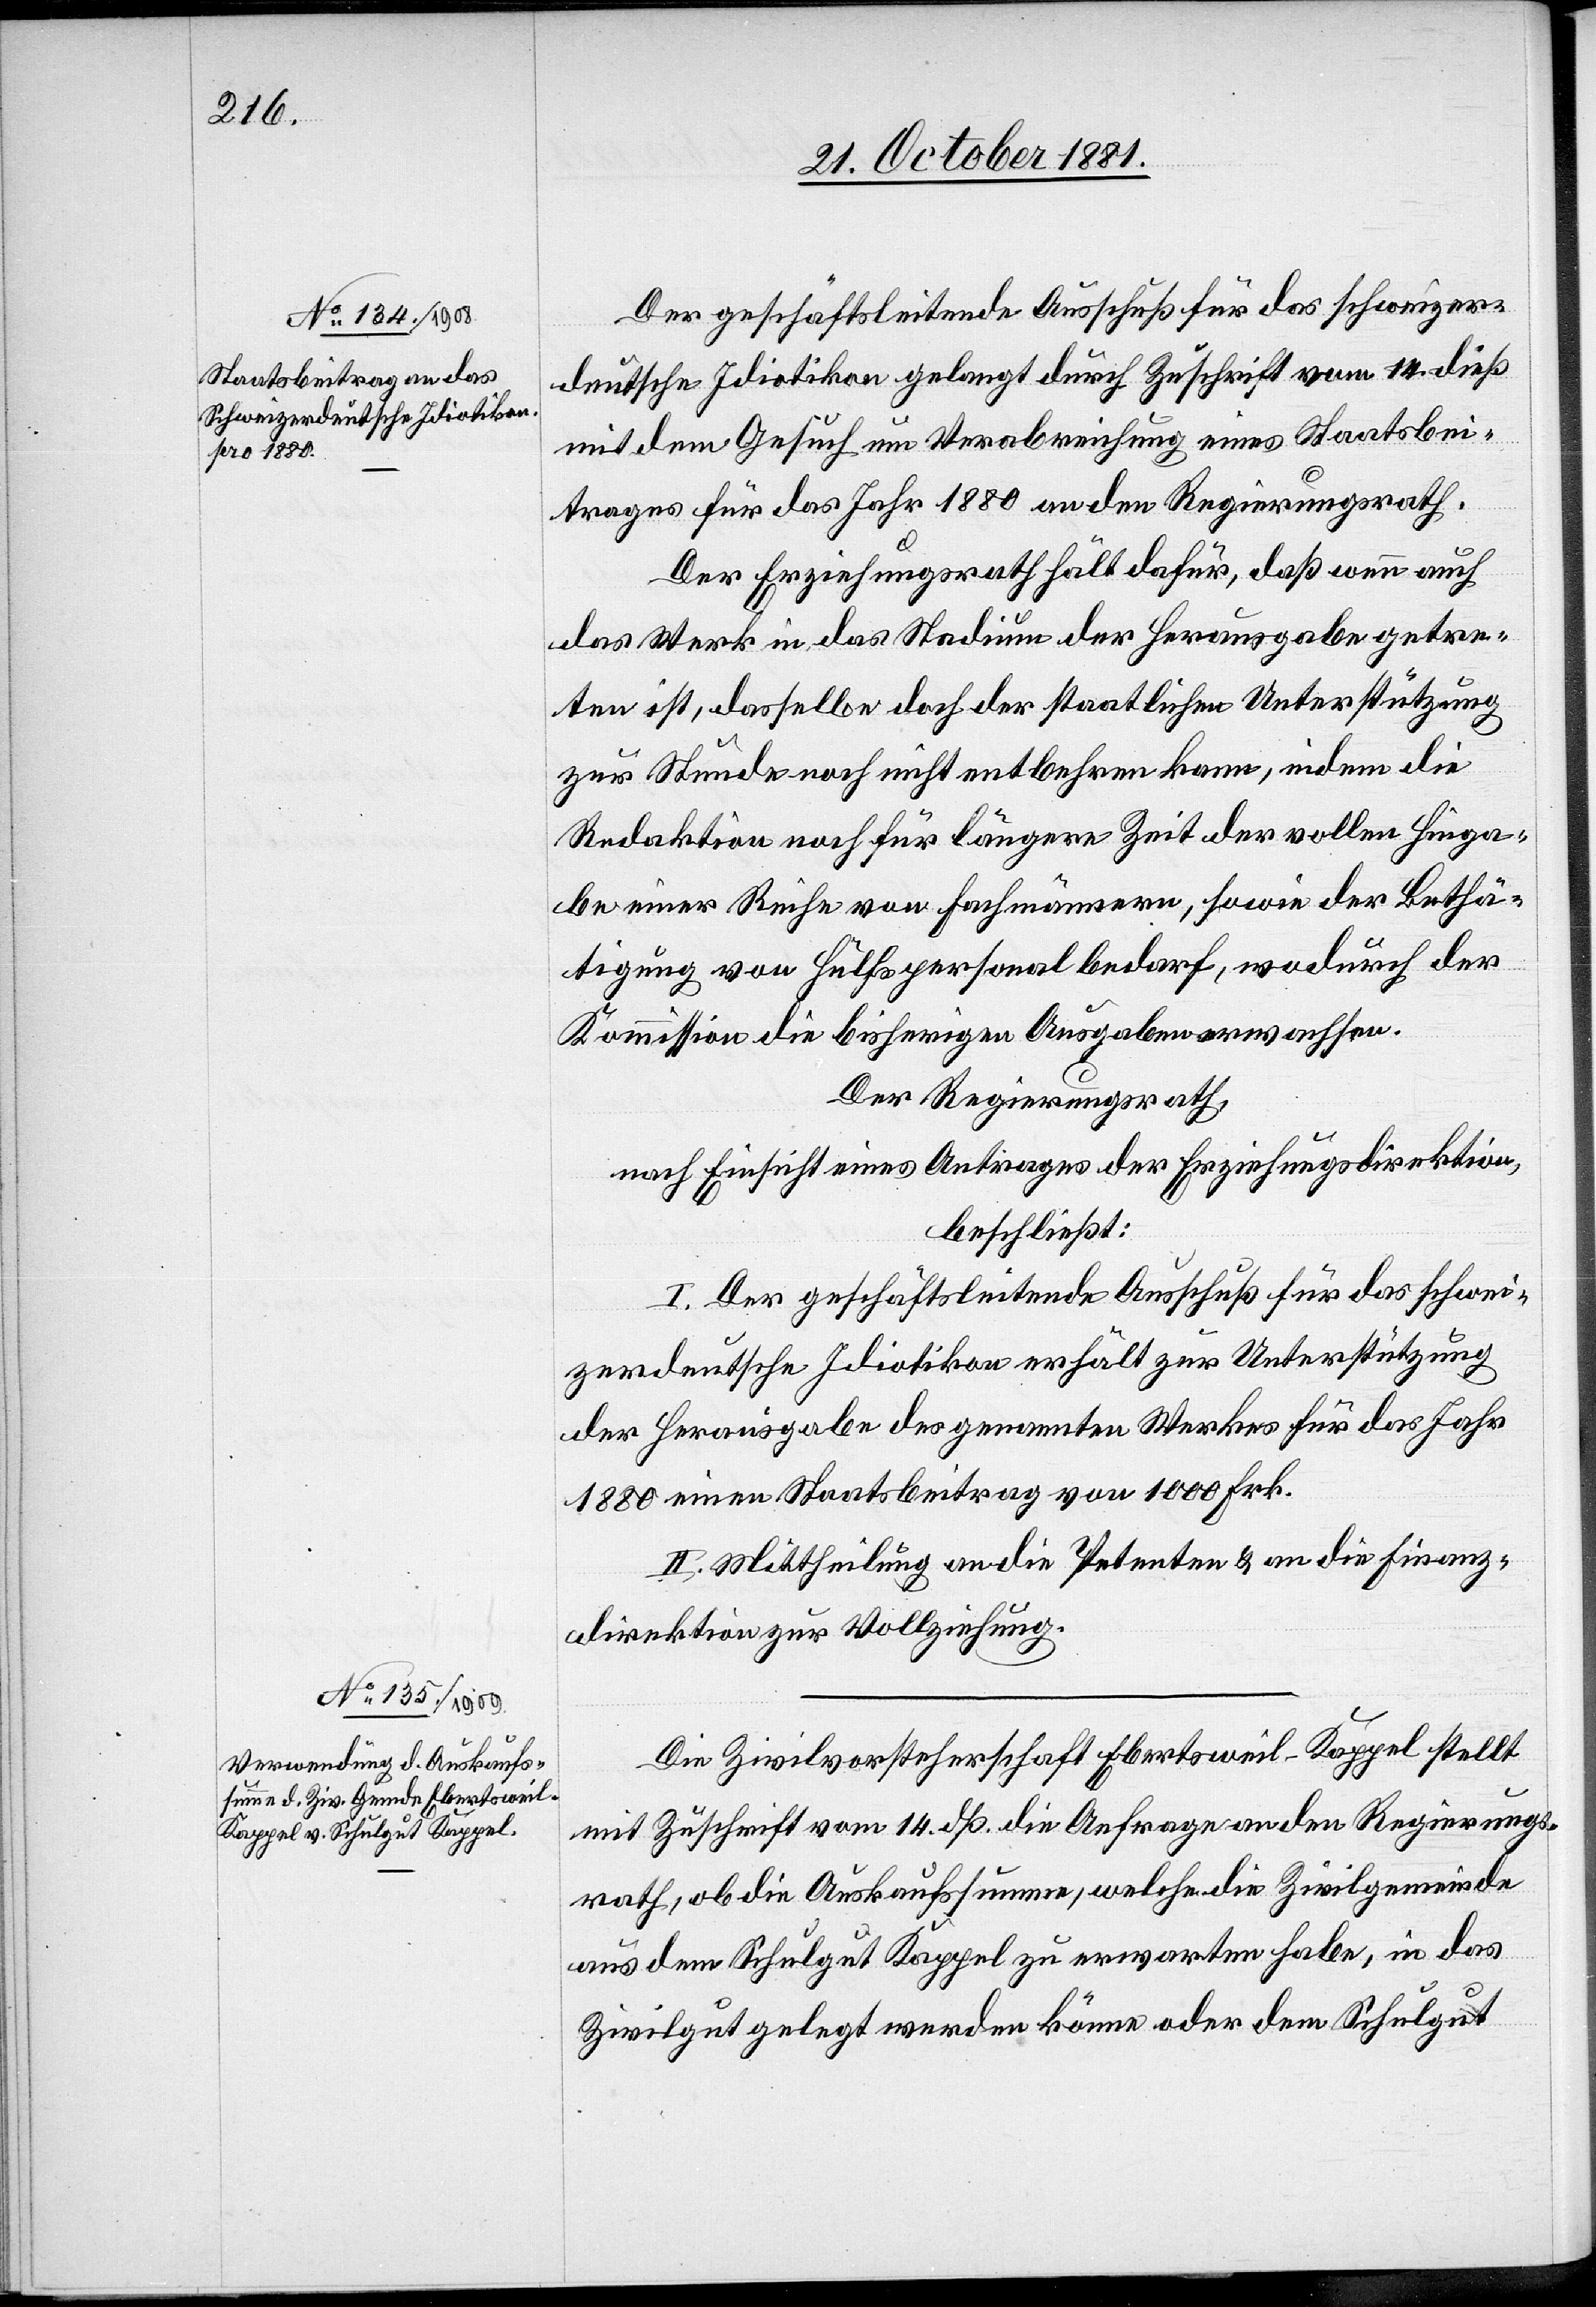
Der geschäftsleitende Ausschuß für das schweizer¬
deutsche Idiotikon gelangt durch Zuschrift vom 14. dieß
mit dem Gesuch um Verabreichung eines Staatsbei¬
trages für das Jahr 1880 an den Regierungsrath.
Der Erziehungsrath hält dafür, daß wenn auch
das Werk in das Stadium der Herausgabe getre¬
ten ist, dasselbe doch der staatlichen Unterstützung
zur Stunde noch nicht entbehren kann, indem die
Redaktion noch für längere Zeit der vollen Hinga¬
be einer Reihe von Fachmännern, sowie der Bethä¬
tigung von Hülfspersonal bedarf, wodurch der
Kommission die bisherigen Ausgaben erwachsen.
Der Regierungsrath,
nach Einsicht eines Antrages der Erziehungsdirektion,
beschließt:
I. Der geschäftsleitende Ausschuß für das schwei¬
zerdeutsche Idiotikon erhält zur Unterstützung
der Herausgabe des genannten Werkes für das Jahr
1880 einen Staatsbeitrag von 1000 Frk.
III. Mittheilung an die Petenten & an die Finanz¬
direktion zur Vollziehung.
Die Zivilvorsteherschaft Ebertsweil-Kappel stellt
mit Zuschrift vom 14. dß. die Anfrage an den Regierungs¬
rath, ob die Auskaufssumme, welche die Zivilgemeinde
aus dem Schulgut Kappel zu erwarten habe, in das
Zivilgut gelegt werden könne oder dem Schulgut